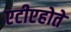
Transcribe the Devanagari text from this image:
एटीएहोते